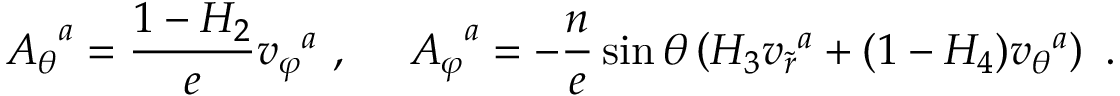
{ A _ { \theta } } ^ { a } = \frac { 1 - H _ { 2 } } { e } { v _ { \varphi } } ^ { a } \ , \ \ \ \ { A _ { \varphi } } ^ { a } = - \frac { n } { e } \sin \theta \left( H _ { 3 } { v _ { \tilde { r } } } ^ { a } + ( 1 - H _ { 4 } ) { v _ { \theta } } ^ { a } \right) \ .